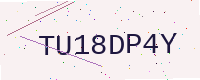
Text: TU18DP4Y